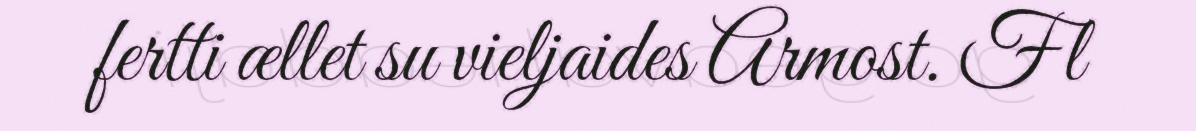
fertti ællet su vieljaides Armost. Fl